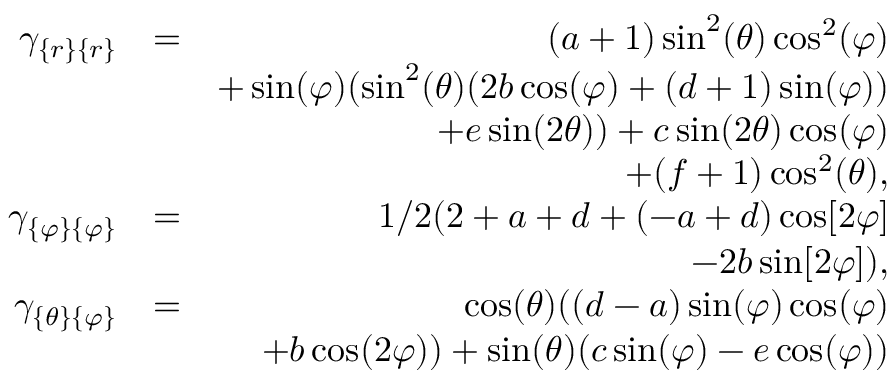
\begin{array} { r l r } { \gamma _ { \{ r \} \{ r \} } } & { = } & { ( a + 1 ) \sin ^ { 2 } ( \theta ) \cos ^ { 2 } ( \varphi ) } \\ & { } & { + \sin ( \varphi ) ( \sin ^ { 2 } ( \theta ) ( 2 b \cos ( \varphi ) + ( d + 1 ) \sin ( \varphi ) ) } \\ & { } & { + e \sin ( 2 \theta ) ) + c \sin ( 2 \theta ) \cos ( \varphi ) } \\ & { } & { + ( f + 1 ) \cos ^ { 2 } ( \theta ) , } \\ { \gamma _ { \{ \varphi \} \{ \varphi \} } } & { = } & { 1 / 2 ( 2 + a + d + ( - a + d ) \cos [ 2 \varphi ] } \\ & { } & { - 2 b \sin [ 2 \varphi ] ) , } \\ { \gamma _ { \{ \theta \} \{ \varphi \} } } & { = } & { \cos ( \theta ) ( ( d - a ) \sin ( \varphi ) \cos ( \varphi ) } \\ & { } & { + b \cos ( 2 \varphi ) ) + \sin ( \theta ) ( c \sin ( \varphi ) - e \cos ( \varphi ) ) } \end{array}